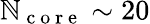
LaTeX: \mathbb{N}_{\mathrm{{~c~o~r~e~}}}\sim20